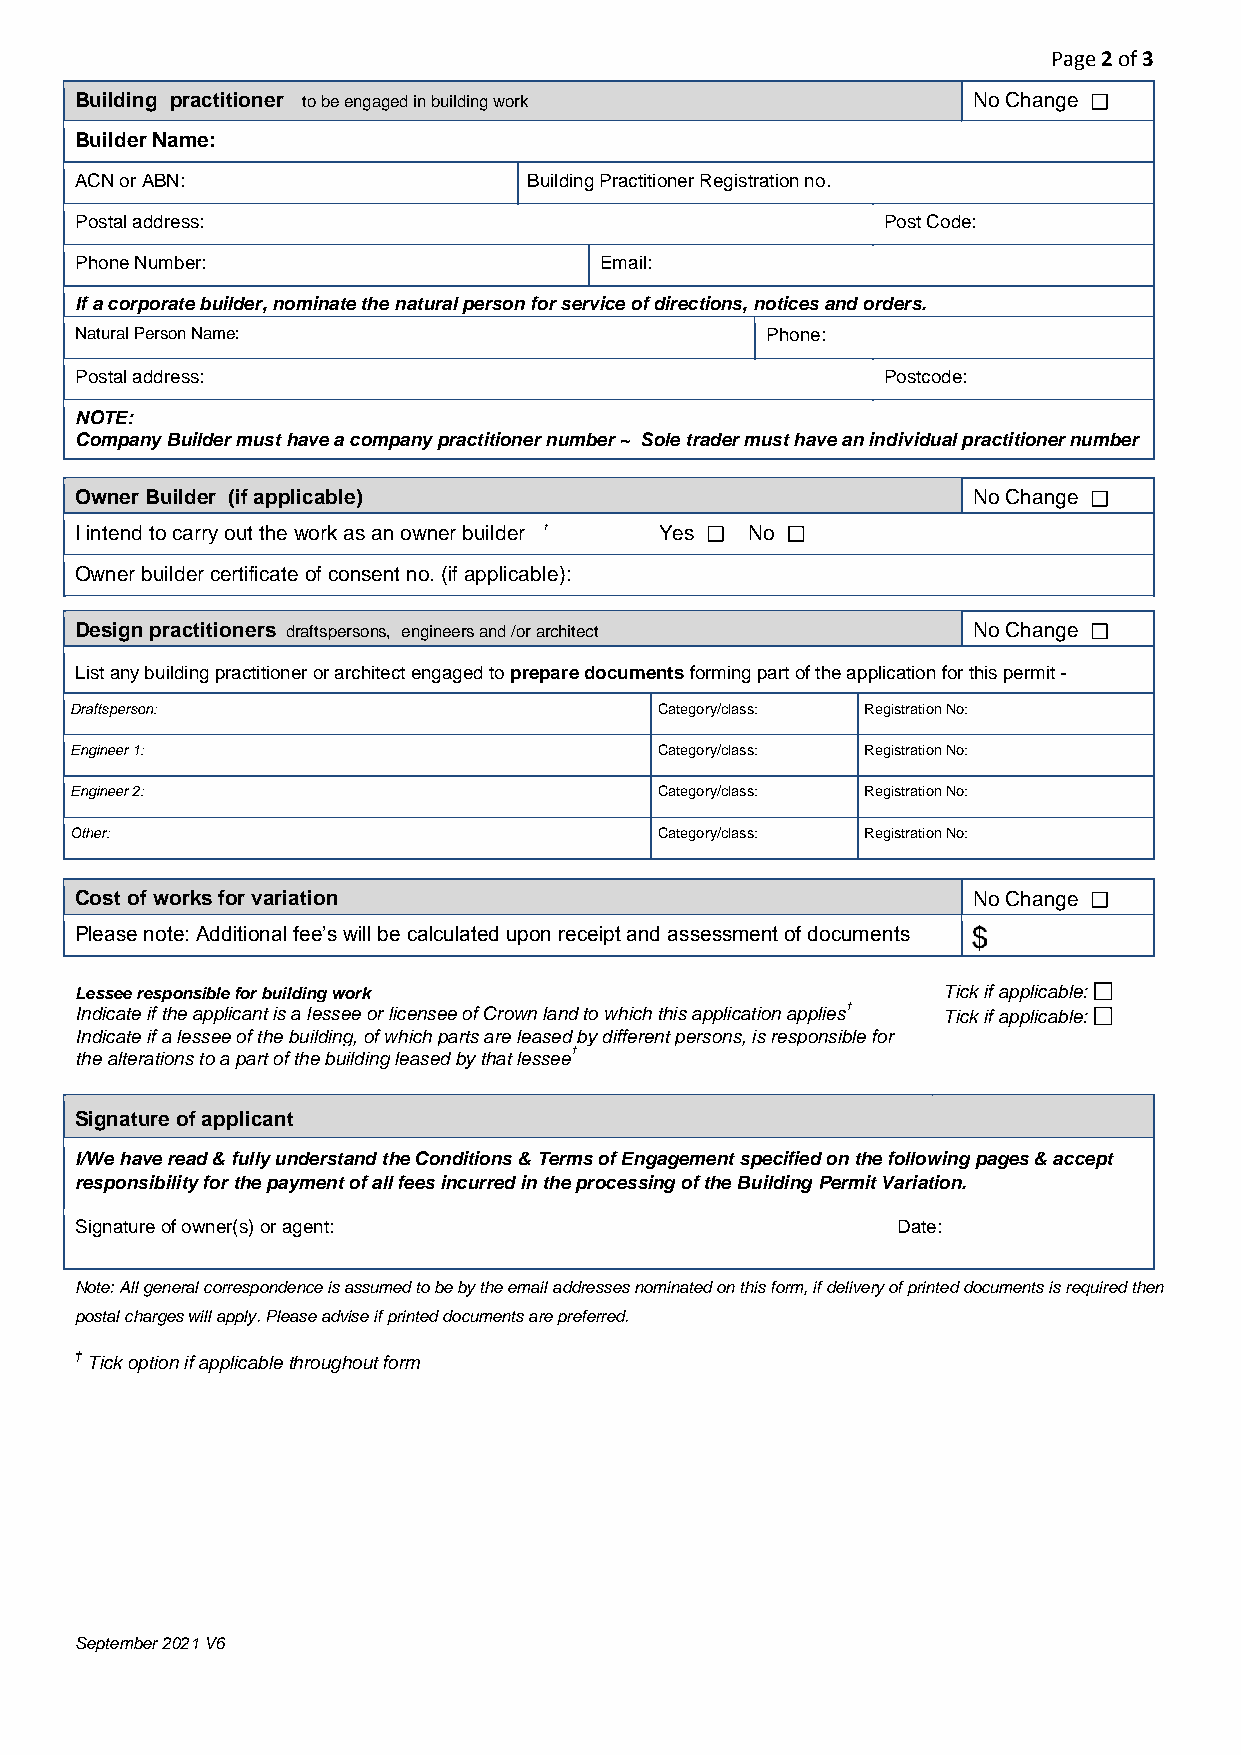
Page 2 of 3
 Building practitioner to be engaged in building work       No Change
 Builder Name:
 ACN or ABN:                   Building Practitioner Registration no.
 Postal address:                                      Post Code:
 Phone Number:                      Email:
 If a corporate builder, nominate the natural person for service of directions, notices and orders.
 Natural Person Name:                          Phone:
 Postal address:                                      Postcode:
 NOTE:
 Company Builder must have a company practitioner number ~ Sole trader must have an individual practitioner number
 Owner Builder (if applicable)                              No Change
 I intend to carry out the work as an owner builder † Yes No
 Owner builder certificate of consent no. (if applicable):
 Design practitioners draftspersons, engineers and /or architect No Change
 List any building practitioner or architect engaged to prepare documents forming part of the application for this permit -
 Draftsperson:                          Category/class: Registration No:
 Engineer 1:                            Category/class: Registration No:
 Engineer 2:                            Category/class: Registration No:
 Other:                                 Category/class: Registration No:
 Cost of works for variation                                No Change
 Please note: Additional fee’s will be calculated upon receipt and assessment of documents
 Lessee responsible for building work                     Tick if applicable:
 Indicate if the applicant is a lessee or licensee of Crown land to which this application applies† Tick if applicable:
 Indicate if a lessee of the building, of which parts are leased by different persons, is responsible for
 the alterations to a part of the building leased by that lessee†
 Signature of applicant
 I/We have read & fully understand the Conditions & Terms of Engagement specified on the following pages & accept
 responsibility for the payment of all fees incurred in the processing of the Building Permit Variation.
 Signature of owner( s)orage nt:                       Date:
 Note: All general correspondence is assumed to be by the email addresses nominated on this form, if delivery of printed documents is required then
 postal charges will apply. Please advise if printed documents are preferred.
 † Tick option if applicable throughout form
 September 20 21 V6